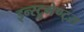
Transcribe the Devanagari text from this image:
इन्स्ट्रुमेण्ट्स